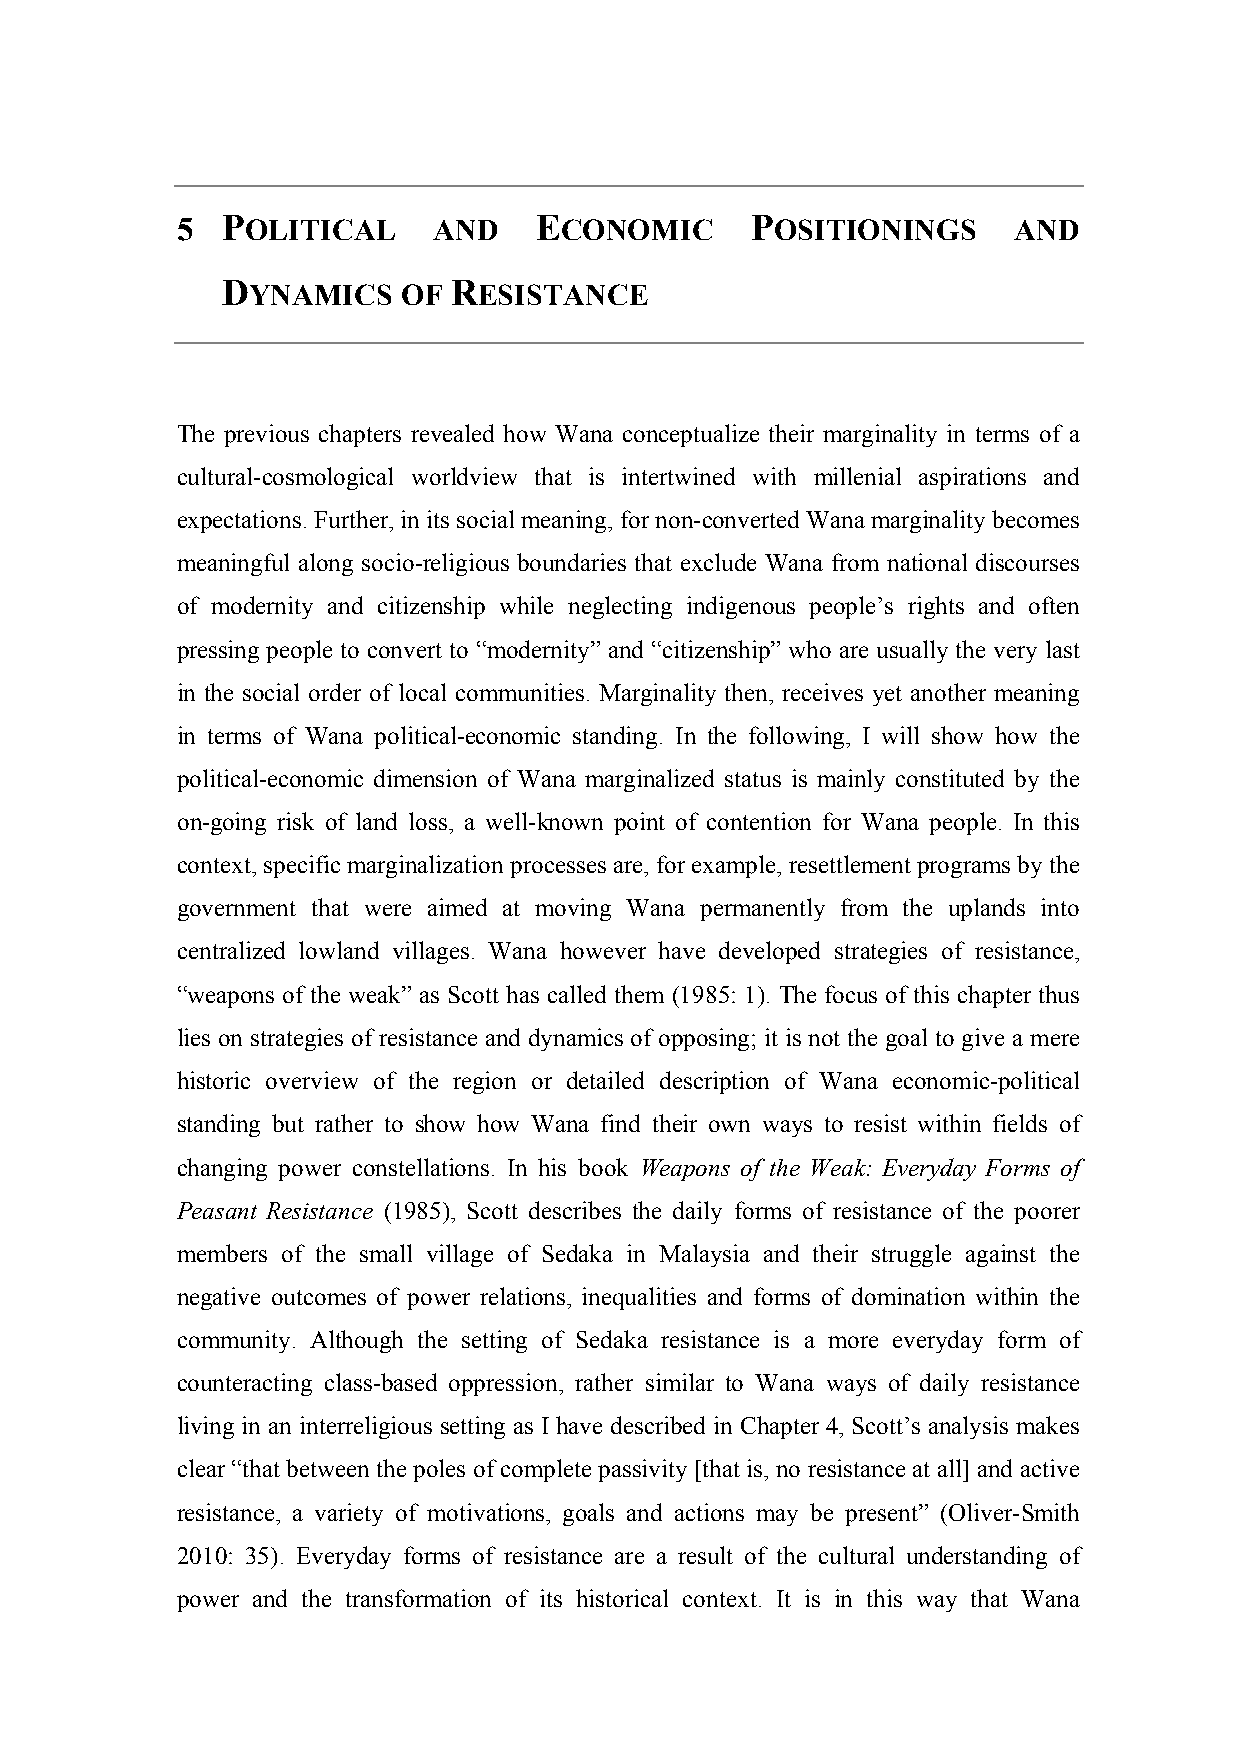
5  POLITICAL     AND   ECONOMIC       POSITIONINGS     AND
 DYNAMICS    OF RESISTANCE
 The previous chapters revealed how Wana conceptualize their marginality in terms of a
 cultural-cosmological worldview that is intertwined with millenial aspirations and
 expectations. Further, in its social meaning, for non-converted Wana marginality becomes
 meaningful along socio-religious boundaries that exclude Wana from national discourses
 of modernity and citizenship while neglecting indigenous people’s rights and often
 pressing people to convert to “modernity” and “citizenship” who are usually the very last
 in the social order of local communities. Marginality then, receives yet another meaning
 in terms of Wana political-economic standing. In the following, I will show how the
 political-economic dimension of Wana marginalized status is mainly constituted by the
 on-going risk of land loss, a well-known point of contention for Wana people. In this
 context, specific marginalization processes are, for example, resettlement programs by the
 government that were aimed at moving Wana permanently from the uplands into
 centralized lowland villages. Wana however have developed strategies of resistance,
 “weapons of the weak” as Scott has called them (1985: 1). The focus of this chapter thus
 lies on strategies of resistance and dynamics of opposing; it is not the goal to give a mere
 historic overview of the region or detailed description of Wana economic-political
 standing but rather to show how Wana find their own ways to resist within fields of
 changing power constellations. In his book Weapons of the Weak: Everyday Forms of
 Peasant Resistance (1985), Scott describes the daily forms of resistance of the poorer
 members of the small village of Sedaka in Malaysia and their struggle against the
 negative outcomes of power relations, inequalities and forms of domination within the
 community. Although the setting of Sedaka resistance is a more everyday form of
 counteracting class-based oppression, rather similar to Wana ways of daily resistance
 living in an interreligious setting as I have described in Chapter 4, Scott’s analysis makes
 clear “that between the poles of complete passivity [that is, no resistance at all] and active
 resistance, a variety of motivations, goals and actions may be present” (Oliver-Smith
 2010: 35). Everyday forms of resistance are a result of the cultural understanding of
 power and the transformation of its historical context. It is in this way that Wana